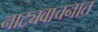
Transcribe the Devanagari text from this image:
नाट्यवाचनात